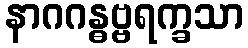
နာဂဂန္ဓဗ္ဗရက္ခသာ